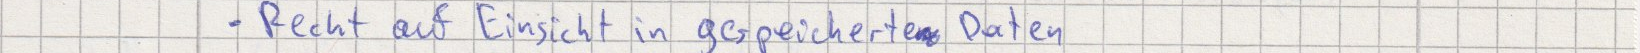
- Recht auf Einsicht in gespeicherte Daten